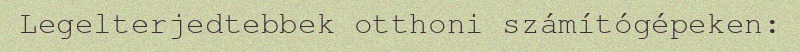
Legelterjedtebbek otthoni számítógépeken: